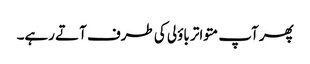
پھر آپ متواتر باؤلی کی طرف آتے رہے۔